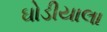
ઘોડીયાલા